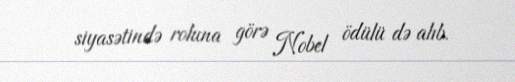
siyasətində roluna görə Nobel ödülü də alıb.